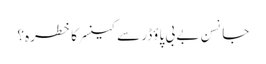
جانسن بے بی پاؤڈر سے کینسر کا خطرہ؟